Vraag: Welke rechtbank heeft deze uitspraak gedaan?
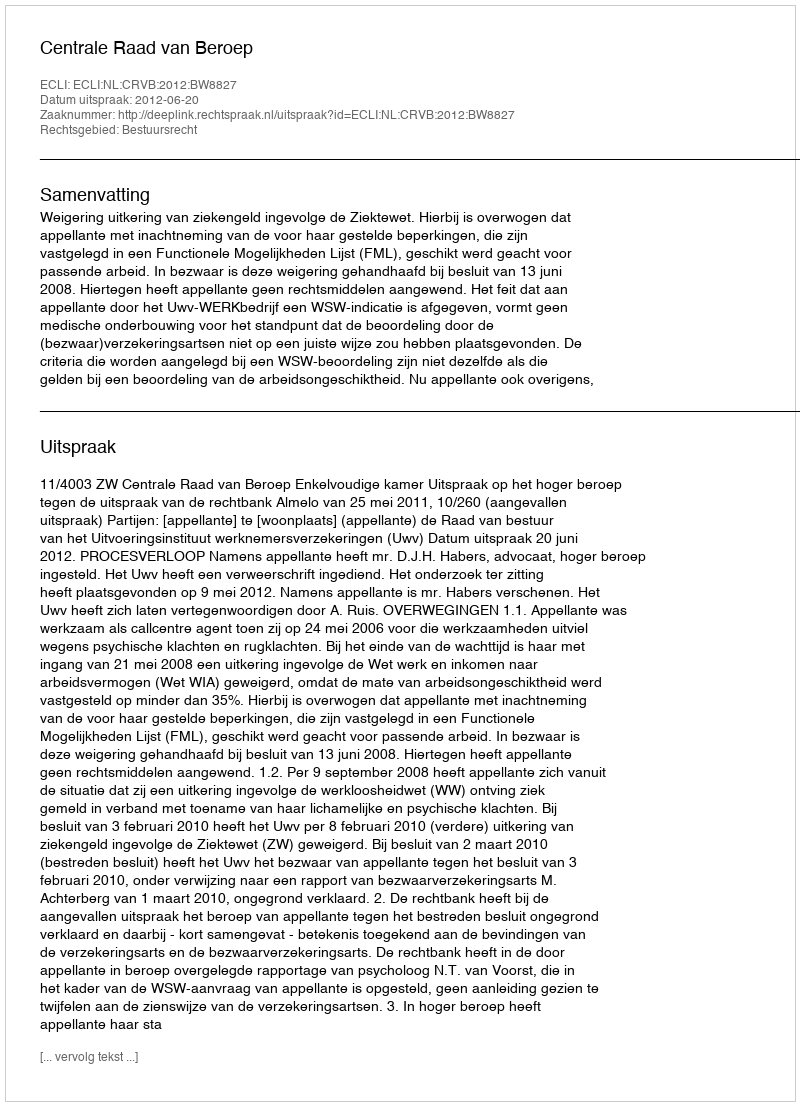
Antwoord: Centrale Raad van Beroep